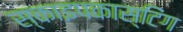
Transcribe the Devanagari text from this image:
स्काइपकास्टिंग